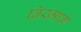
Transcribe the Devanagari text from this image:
विस्मार्क